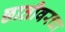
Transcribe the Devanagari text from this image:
छातीवरचा